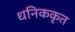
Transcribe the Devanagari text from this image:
धनिककृत